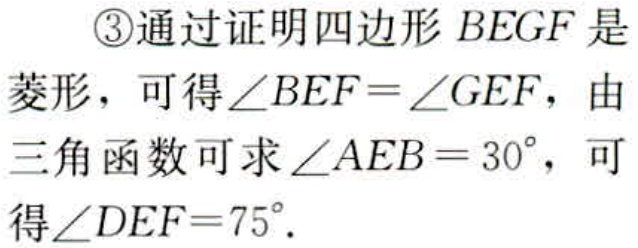
\textcircled{3}通过证明四边形\(BEGF\)是
菱形，可得\(\angle BEF = \angle GEF\)，由
三角函数可求\(\angle AEB = 30^{\circ}\)，可
得\(\angle DEF = 75^{\circ}\).